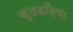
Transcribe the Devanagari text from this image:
कुलहड़िया